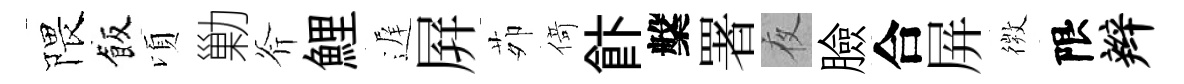
隈飯頃勦斧鯉遅屛茆𠋣飰槃署夜臉合屏𢕄限辫